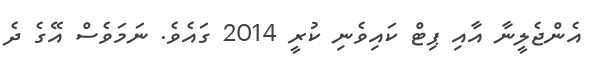
އެންޖެލީނާ އާއި ޕިޓް ކައިވެނި ކުރީ 2014 ގައެވެ. ނަމަވެސް އޭގެ ދެ